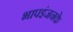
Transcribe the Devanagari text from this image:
भापइंजनके